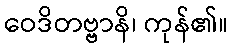
ဝေဒိတဗ္ဗာနိ၊ ကုန်၏။